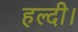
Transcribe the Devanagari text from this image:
हल्दी।